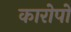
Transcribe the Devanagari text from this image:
कारोपों